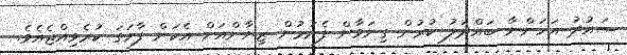
ސައުދު އަހަންނާ ބައްދަލު ކުރުން ގިނަވާން ފެށުމުން ޒިޔާންއަށް އެކަން ފާހަގަ ކުރެވިއްޖެއެވެ.